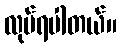
လုပ်ရပါတယ်။